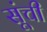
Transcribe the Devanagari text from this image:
सूंची